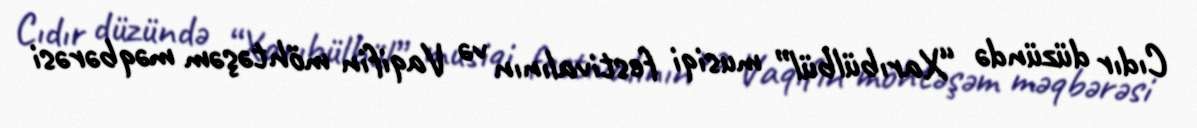
Cıdır düzündə “Xarıbülbül” musiqi festivalının və Vaqifin möhtəşəm məqbərəsi